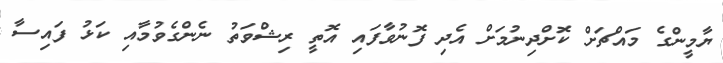
ޔާމީންގެ މައްޗަށް ކޮށްދިނުމަށް އެދި ފޮނުވާފައި އޮތީ ރިޝްވަތު ނެންގެވުމާއި ކަޅު ފައިސާ